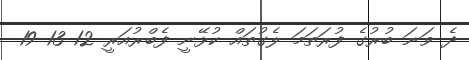
ދެ ވަނަ ބުރުގެ ފުރަތަމަ ލެގުތައް ކުޅޭނީ ފެބްރުއަރީ 12 13 19